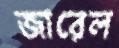
জারেল